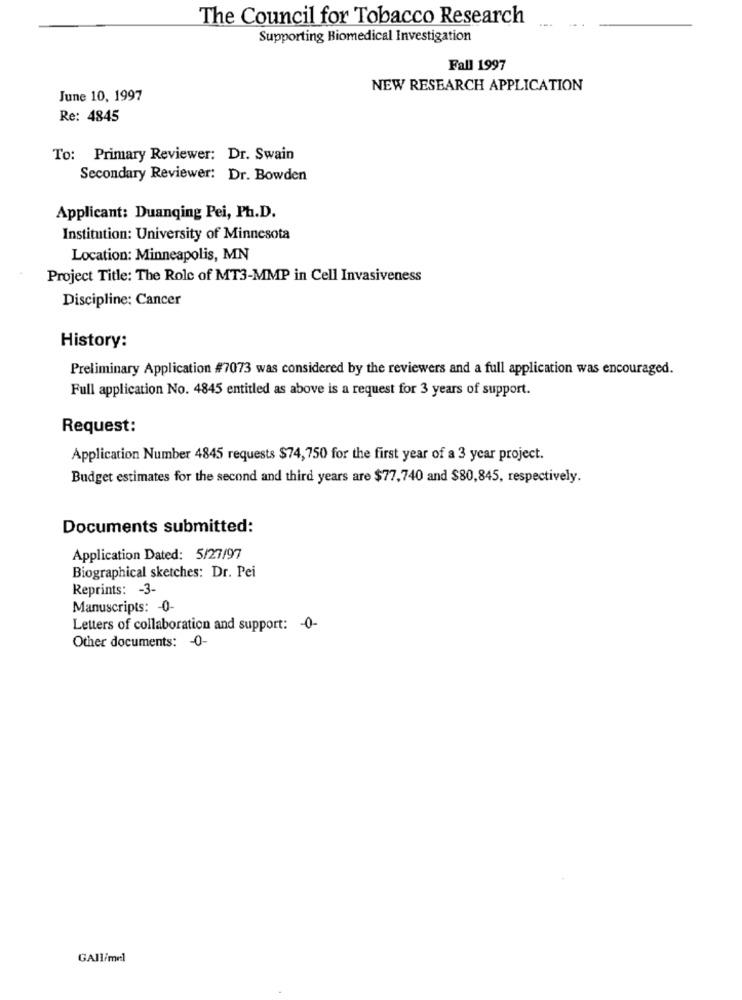
The Council for Tobacco Research
Supporting Biomedical Investigation
Fall 1997
NEW RESEARCH APPLICATION
June 10, 1997
Re: 4845
To: Primary Reviewer: Dr. Swain
Secondary Reviewer: Dr. Bowden
Applicant: Duanqing Pei, Ph.D.
Institution: University of Minnesota
Location: Minneapolis, MN
Project Title: The Role of MT3-MMP in Cell Invasiveness
Discipline: Cancer
History:
Preliminary Application #7073 was considered by the reviewers and a full application was encouraged.
Full application No. 4845 entitled as above is a request for 3 years of support.
Request:
Application Number 4845 requests $74,750 for the first year of a 3 year project.
Budget estimates for the second and third years are $77,740 and $80,845, respectively.
Documents submitted:
Application Dated: 5/27/97
Biographical sketches: Dr. Pei
Reprints: - 3-
Manuscripts: - 0-
Letters of collaboration and support: - 0-
Other documents: - 0-
GAll/mel